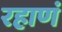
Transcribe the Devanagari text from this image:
रहाणं